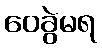
ဝေခွဲမရ